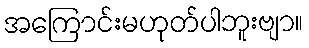
အကြောင်းမဟုတ်ပါဘူးဗျာ။